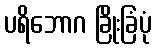
ပရိဘောဂ ခြိုးခြံပုံ